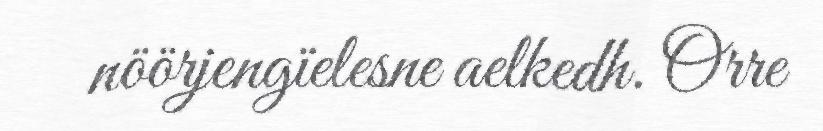
nöörjengïelesne aelkedh. Orre